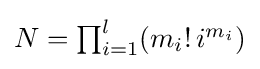
{\textstyle N=\prod _{i=1}^{l}(m_{i}!\,i^{m_{i}})}